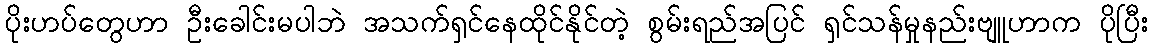
ပိုးဟပ်တွေဟာ ဦးခေါင်းမပါဘဲ အသက်ရှင်နေထိုင်နိုင်တဲ့ စွမ်းရည်အပြင် ရှင်သန်မှုနည်းဗျူဟာက ပိုပြီး